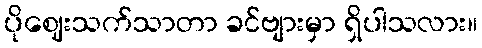
ပိုဈေးသက်သာတာ ခင်ဗျားမှာ ရှိပါသလား။